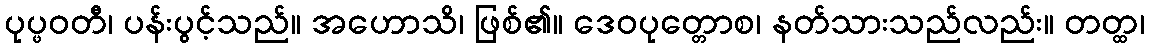
ပုပ္ဖဝတီ၊ ပန်းပွင့်သည်။ အဟောသိ၊ ဖြစ်၏။ ဒေဝပုတ္တောစ၊ နတ်သားသည်လည်း။ တတ္ထ၊